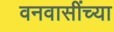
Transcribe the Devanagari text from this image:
वनवासींच्या